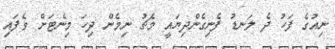
ނިއުގެ ފަހު ދެ ލަނޑު ފެނިގެންދިޔައީ މެޗު ނިމެން ދިހަ މިނެޓަށް ވެފައި